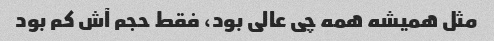
مثل همیشه همه چی عالی بود، فقط حجم آش کم بود